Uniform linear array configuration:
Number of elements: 16
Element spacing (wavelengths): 0.25
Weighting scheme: cosine
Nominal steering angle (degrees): -15
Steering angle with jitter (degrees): -14.625
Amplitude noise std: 0.05
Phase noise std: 0.05

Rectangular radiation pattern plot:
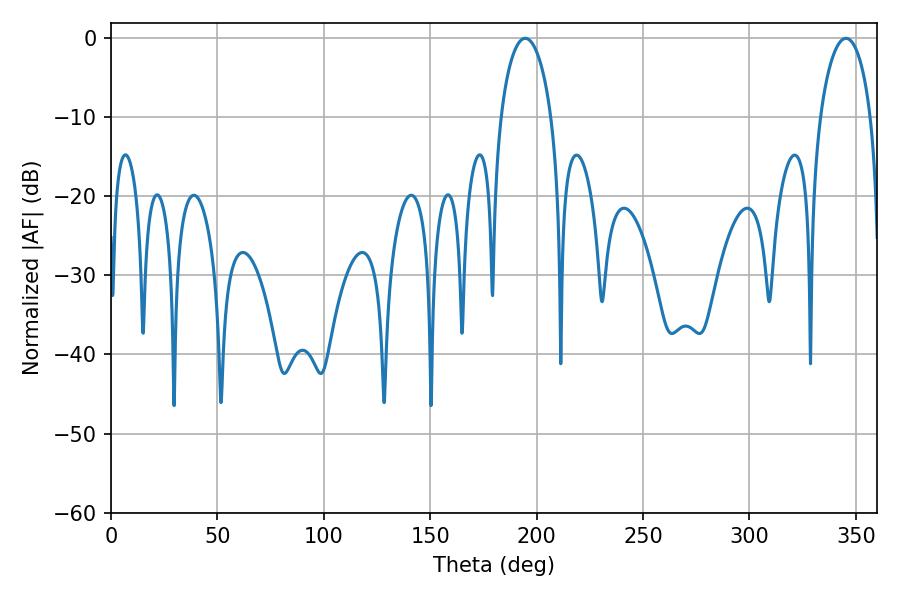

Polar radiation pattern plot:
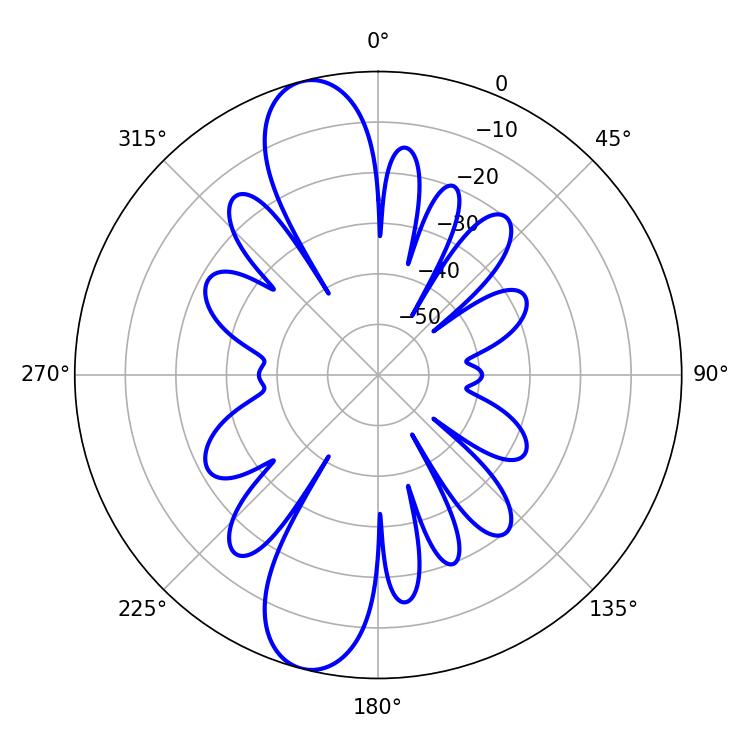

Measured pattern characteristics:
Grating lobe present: FALSE
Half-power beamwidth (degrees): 13.68
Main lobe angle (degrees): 194.58